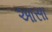
આસા